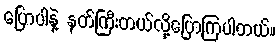
ပြောပါနဲ့ နတ်ကြီးတယ်လို့ပြောကြပါတယ်။